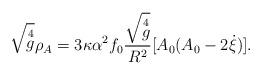
LaTeX: \begin{align*}\sqrt{\mathop{g}\limits^4}\rho_A = 3\kappa \alpha^2 f_0\frac{\sqrt{\mathop{g}\limits^4}}{R^2}[A_0(A_0-2\dot{\xi})].\end{align*}